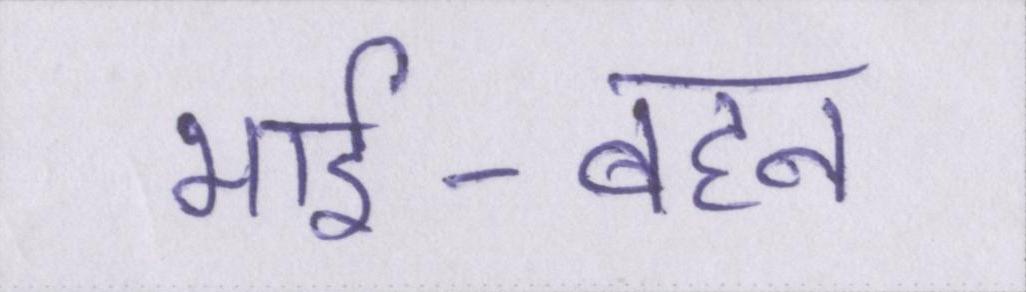
भाई-बहन